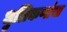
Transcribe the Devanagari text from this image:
धुलिकणांचा